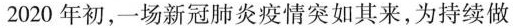
2020年初，场新冠肺炎疫情突如其来,为持续做